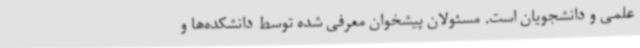
علمی و دانشجویان است. مسئولان پیشخوان معرفی شده توسط دانشکده‌ها و